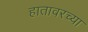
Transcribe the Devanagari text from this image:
हातावरच्या